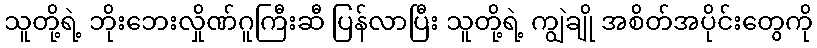
သူတို့ရဲ့ ဘိုးဘေးလှိုဏ်ဂူကြီးဆီ ပြန်လာပြီး သူတို့ရဲ့ ကျွဲချို အစိတ်အပိုင်းတွေကို